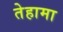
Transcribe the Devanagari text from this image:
तेहामा